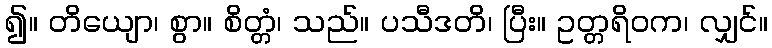
၍။ တိယျော၊ စွာ။ စိတ္တံ၊ သည်။ ပသီဒတိ၊ ပြီး။ ဥတ္တရိဝက၊ လျှင်။